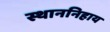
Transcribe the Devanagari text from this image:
स्थाननिहाय